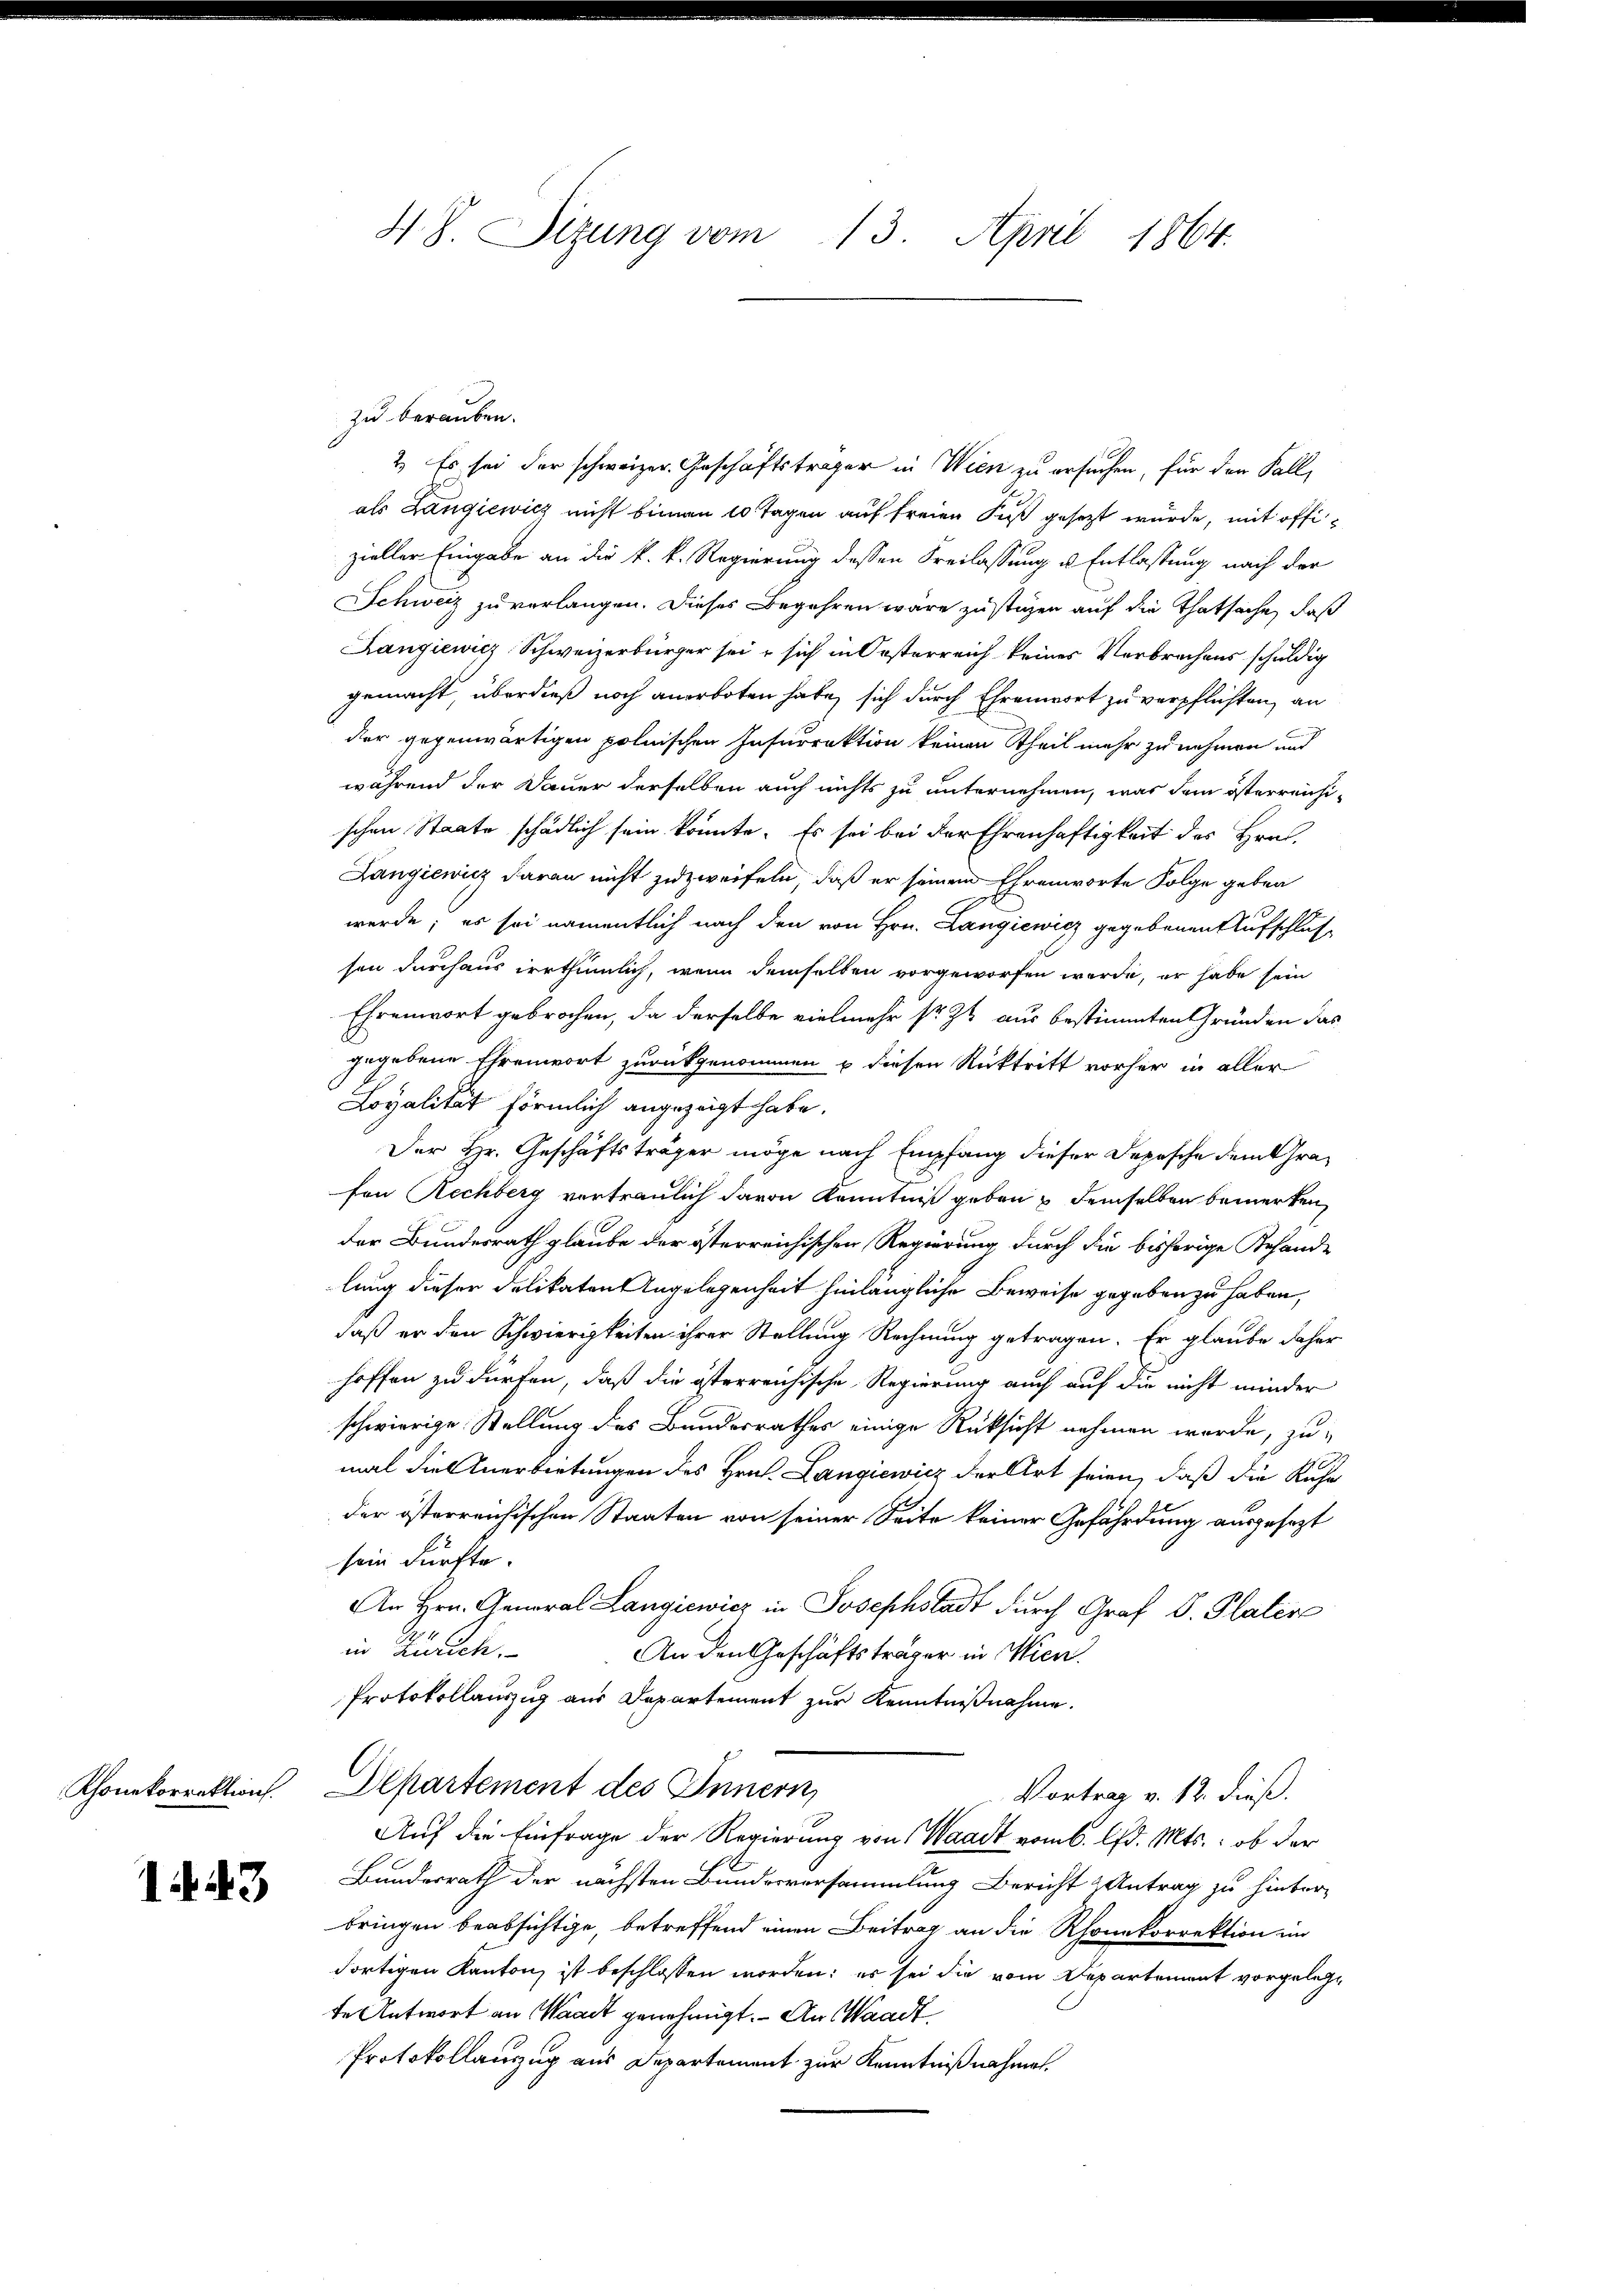
Rhonekorrektion.

143

H S. Sizung vom 13. April 1864.

zu berauben.
2.) Es sei der schweizer Geschäftsträger in Wien zu ersuchen, für den Fall,
als Langiewicz nicht binnen 10 Tagen auf freien Fuß gesetzt wurde, mit offizieller Eingabe an die k. k. Regierung dessen Freilassung u. Entlassung nach der
Schweiz zu verlangen. Dieses Begehren wäre zustizen auf die Thatsache, daß
Langiewicz Schweizerbürger sei u sich in Oesterreich keines Verbrechens schuldig
gemacht, überdieß noch anerboten habe, sich durch Ehrenwort zu verpflichten, an
der gegenwärtigen polnischen Insurrektion keinen Theil mehr zu nehmen und
während der Dauer derselben auch nichts zu unternehmen, was dem österreichischen Staate schädlich sein könnte. Es sei bei der Ehrenhaftigkeit des Hrn.
Langiewicz daran nicht zu zweifeln, daß er seinem Ehrenworte Folge geben
werde; es sei namentlich nach den von Hrn. Langiewicz gegebenen Aufschlus
sen durchaus irrthümlich, wenn demselben vorgeworfen werde, er habe sein
Ehrenwort gebrochen, da derselbe vielmehr sr. Zu aus bestimmten Gründen das
gegebene Ehrenwort zurückgenommen u diesen Rücktritt vorher in aller
Loyalität förmlich angezeigt habe.
Der Hr. Geschäftsträger möge nach Empfang dieser Depesche dem Grafon Rechberg vertraulich davon Kenntniß geben u demselben bemerken,
der Bundesrath glaube der österreichischen Regierung durch die bisherige Behande
lung dieser Delikaten Angelegenheit hinlängliche Beweise gegeben zu haben,
daß er den Schwierigkeiten ihrer Stellung Rechnung getragen. Er glaube daher
hoffen zu dürfen, daß die österreichische Regierung auch auf die nicht minder
schwierige Stellung des Bundesrathes einige Rücksicht nehmen wurde, zu-
mal die Anerbietungen des Hrn. Langiewicz der Art seien, daß die Ruhe
der österreichischen Staaten von seiner Seite keiner Gefährdung ausgesezt
sein dürfte.
An Hrn. General Langiewicz in Josephstadt durch Graf v. Plater
in Zürich.
An den Geschäftsträger in Wien.
Protokollauszug aus Departement zur Kenntnißnahme.
Departement des Innern,
Vortrag v. 12. dieß.
Auf die Einfrage der Regierung von Waadt vom 6. lfd. Mts.: ob der
Bundesrath der nächsten Bundesversammlung Bericht Antrag zu hinterbringen beabsichtige, betreffend einen Beitrag an die Rhonkorrektion im
dortigen Kanton ist beschlossen worden; es sei die vom Departement vorgelegte Antwort an Waadt genehmigt. - An Waadt
Protokollanzug aus Departement zur Kenntnißnahmen.